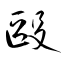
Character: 毆